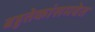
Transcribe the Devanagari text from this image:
बहुतेकांसमवेत